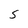
Character: 5